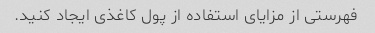
فهرستی از مزایای استفاده از پول کاغذی ایجاد کنید.